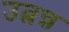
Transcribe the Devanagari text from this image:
उत्नन्न